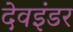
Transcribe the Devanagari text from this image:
देवइंडर